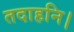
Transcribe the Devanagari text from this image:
तदाहनि।